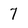
Character: 7